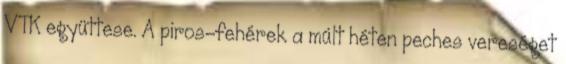
VTK együttese. A piros-fehérek a múlt héten peches vereséget